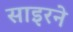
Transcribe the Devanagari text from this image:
साइरने